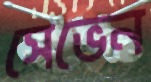
সেভেন